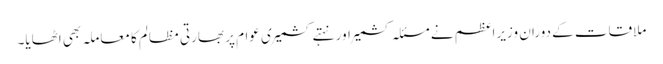
ملاقات کے دوران وزیراعظم نے مسئلہ کشمیر اور نہتے کشمیری عوام پر بھارتی مظالم کا معاملہ بھی اٹھایا۔